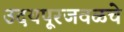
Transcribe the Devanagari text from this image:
उदयपूरजवळचे